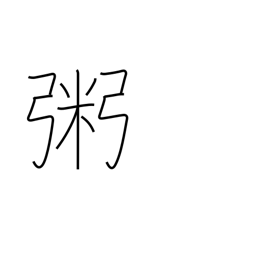
Meaning: rice gruel